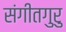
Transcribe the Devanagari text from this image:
संगीतगुरु